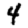
Digit: 4